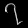
Digit: ၇